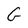
Character: G